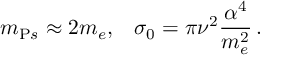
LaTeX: m _ { { \mathrm P s } } \approx 2 m _ { e } , \; \; \; \sigma _ { 0 } = \pi \nu ^ { 2 } { \frac { \alpha ^ { 4 } } { m _ { e } ^ { 2 } } } \, .